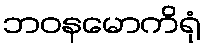
ဘဝနမောကိရုံ